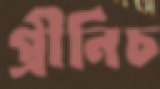
গ্রীনিচ